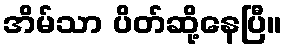
အိမ်သာ ပိတ်ဆို့နေပြီ။